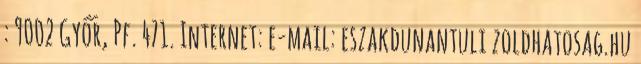
: 9002 Győr, Pf. 471. Internet: e-mail: eszakdunantuli zoldhatosag.hu